Scottish Leaving Certificate Examination, 1953
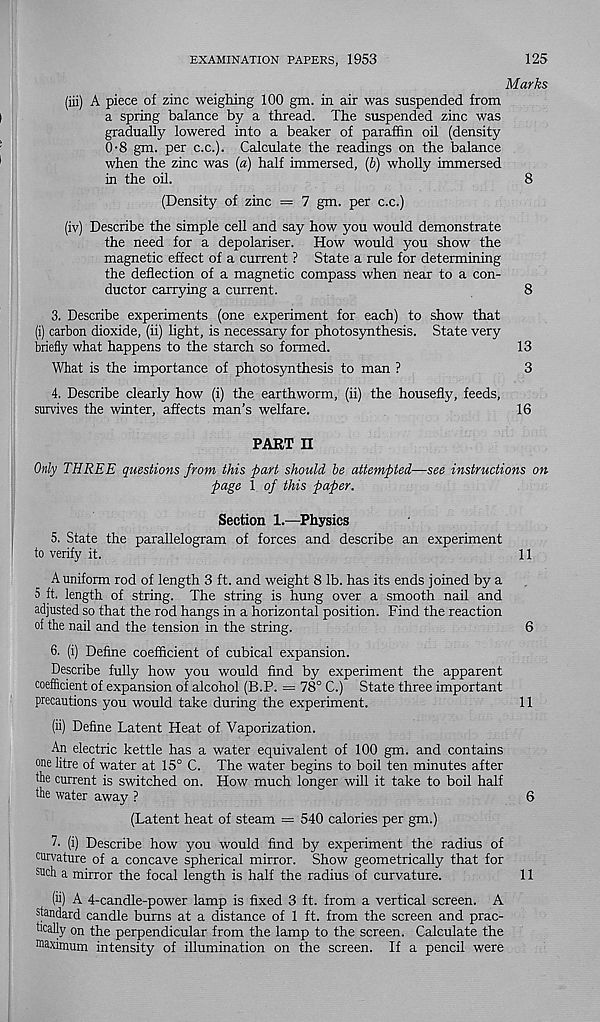
EXAMINATION PAPERS, 1953
125
Marks
(iii) A piece of zinc weighing 100 gm. in air was suspended from
a spring balance by a thread. The suspended zinc was
gradually lowered into a beaker of paraffin oil (density
0-8 gm. per c.c.). Calculate the readings on the balance
when the zinc was [a) half immersed, {b) wholly immersed
in the oil.
8
(Density of zinc = 7 gm. per c.c.)
(iv) Describe the simple cell and say how you would demonstrate
the need for a depolariser. How would you show the
magnetic effect of a current ? State a rule for determining
the deflection of a magnetic compass when near to a con-
ductor carrying a current.
8
3. Describe experiments (one experiment for each) to show that
(i) carbon dioxide, (ii) light, is necessary for photosynthesis. State very
briefly what happens to the starch so formed.
13
What is the importance of photosynthesis to man ?
3
4. Describe clearly how (i) the earthworm, (ii) the housefly, feeds,
survives the winter, affects man’s welfare.
16
PART n
Only THREE questions from this part should be attempted—see instructions on
page 1 of this paper.
Section 1.—Physics
5. State the parallelogram of forces and describe an experiment
to verify it.
A uniform rod of length 3 ft. and weight 8 lb. has its ends joined by a
5 ft. length of string. The string is hung over a smooth nail and
adjusted so that the rod hangs in a horizontal position. Find the reaction
of the nail and the tension in the string.
6- (i) Define coefficient of cubical expansion.
Describe fully how you would find by experiment the apparent
coefficient of expansion of alcohol (B.P. = 78° C.) State three important
precautions you would take during the experiment.
(ii) Define Latent Heat of Vaporization.
An electric kettle has a water equivalent of 100 gm. and contains
one litre of water at 15° C. The water begins to boil ten minutes after
the current is switched on. How much longer will it take to boil half
the water away ?
(Latent heat of steam = 540 calories per gm.)
A (i) Describe how you would find by experiment the radius of
curvature of a concave spherical mirror. Show geometrically that for
such a mirror the focal length is half the radius of curvature.
(u) A 4-candle-power lamp is fixed 3 ft. from a vertical screen. A
standard candle burns at a distance of 1 ft. from the screen and prac-
tically on the perpendicular from the lamp to the screen. Calculate the
ma ximum intensity of illumination on the screen. If a pencil were
11
6
11
6
11